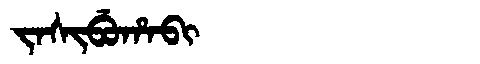
Manchu: ᠵᠠᠰᡳᠪᡠᡥᠠᠪᡳ
Romanization: JASIBUHABI